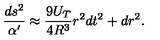
\frac { d s ^ { 2 } } { \alpha ^ { \prime } } \approx \frac { 9 U _ { T } } { 4 R ^ { 3 } } r ^ { 2 } d t ^ { 2 } + d r ^ { 2 } .